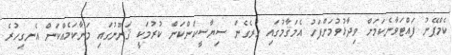
ކެމްޕޭނު ފައްޓަވާނެކަމަށް ވިދާޅުވުމަށްފަހު އެމަޤާމުގައި ހުރެގެން ސިޔާސީކަންކަން ކުރުމަކީ ޤަނޫނުގައި މަނާކަމެއްކަން އެނގިހުރެ